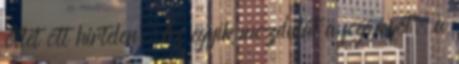
ötlet ott hirtelen. Az egyik mozdulat a fogságot, a